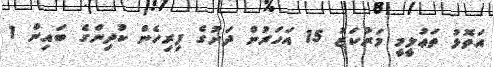
އަތޮޅު ތަޢުލީމީ މަރުކަޒު 15 އަހަރުން ދަށުގެ ފިރިހެން ކުދިންގެ ބައިން 1